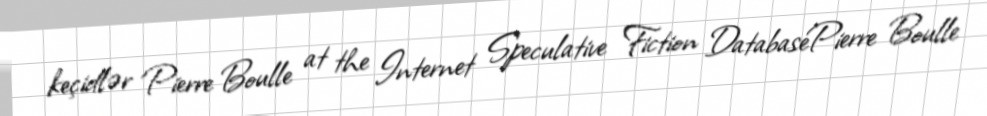
keçidlər Pierre Boulle at the Internet Speculative Fiction DatabasePierre Boulle